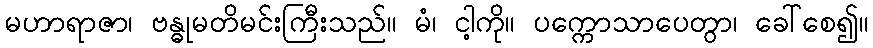
မဟာရာဇာ၊ ဗန္ဓုမတိမင်းကြီးသည်။ မံ၊ ငါ့ကို။ ပက္ကောသာပေတွာ၊ ခေါ်စေ၍။